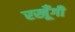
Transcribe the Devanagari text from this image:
रखूँगी